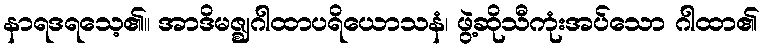
နာရဒရသေ့၏။ အာဒိမဇ္ဈဂါထာပရိယောသနံ၊ ဖွဲ့ဆိုသီကုံးအပ်သော ဂါထာ၏